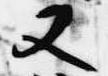
又